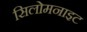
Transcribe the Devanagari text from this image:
सिलोमनाइट